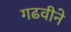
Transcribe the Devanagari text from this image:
गढवीने